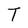
Character: T